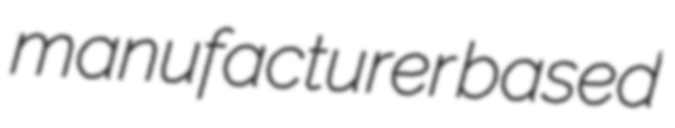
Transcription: manufacturer based